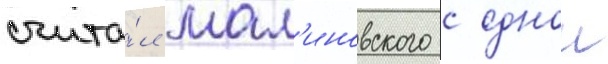
счита́л мал'иновского с однои